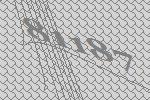
81187